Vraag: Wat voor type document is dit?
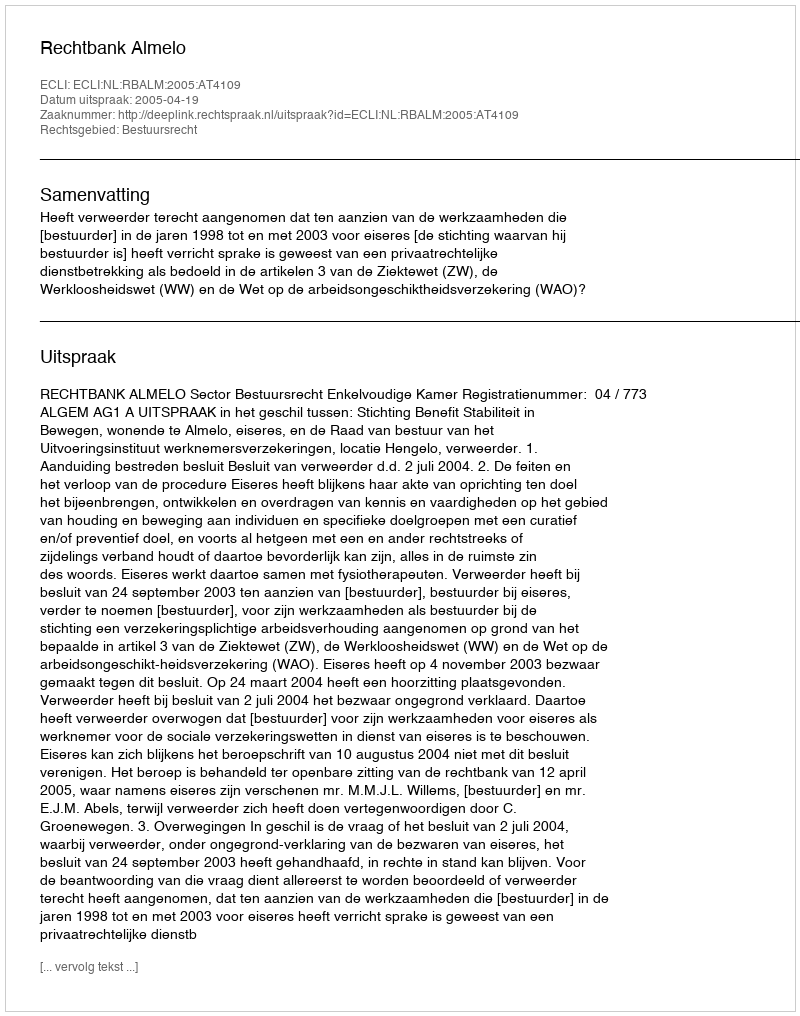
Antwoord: Uitspraak